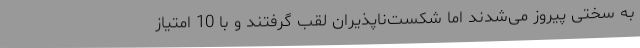
به سختی پیروز می‌شدند اما شکست‌ناپذیران لقب گرفتند و با 10 امتیاز